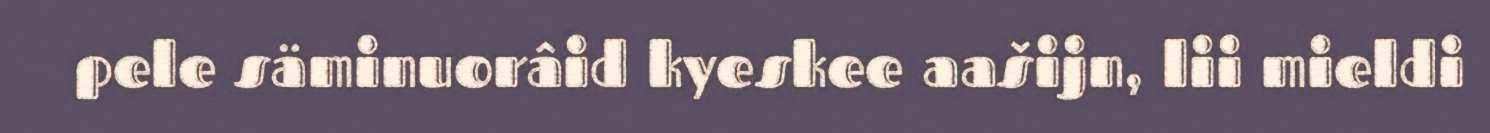
pele säminuorâid kyeskee aašijn, lii mieldi